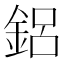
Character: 鋁